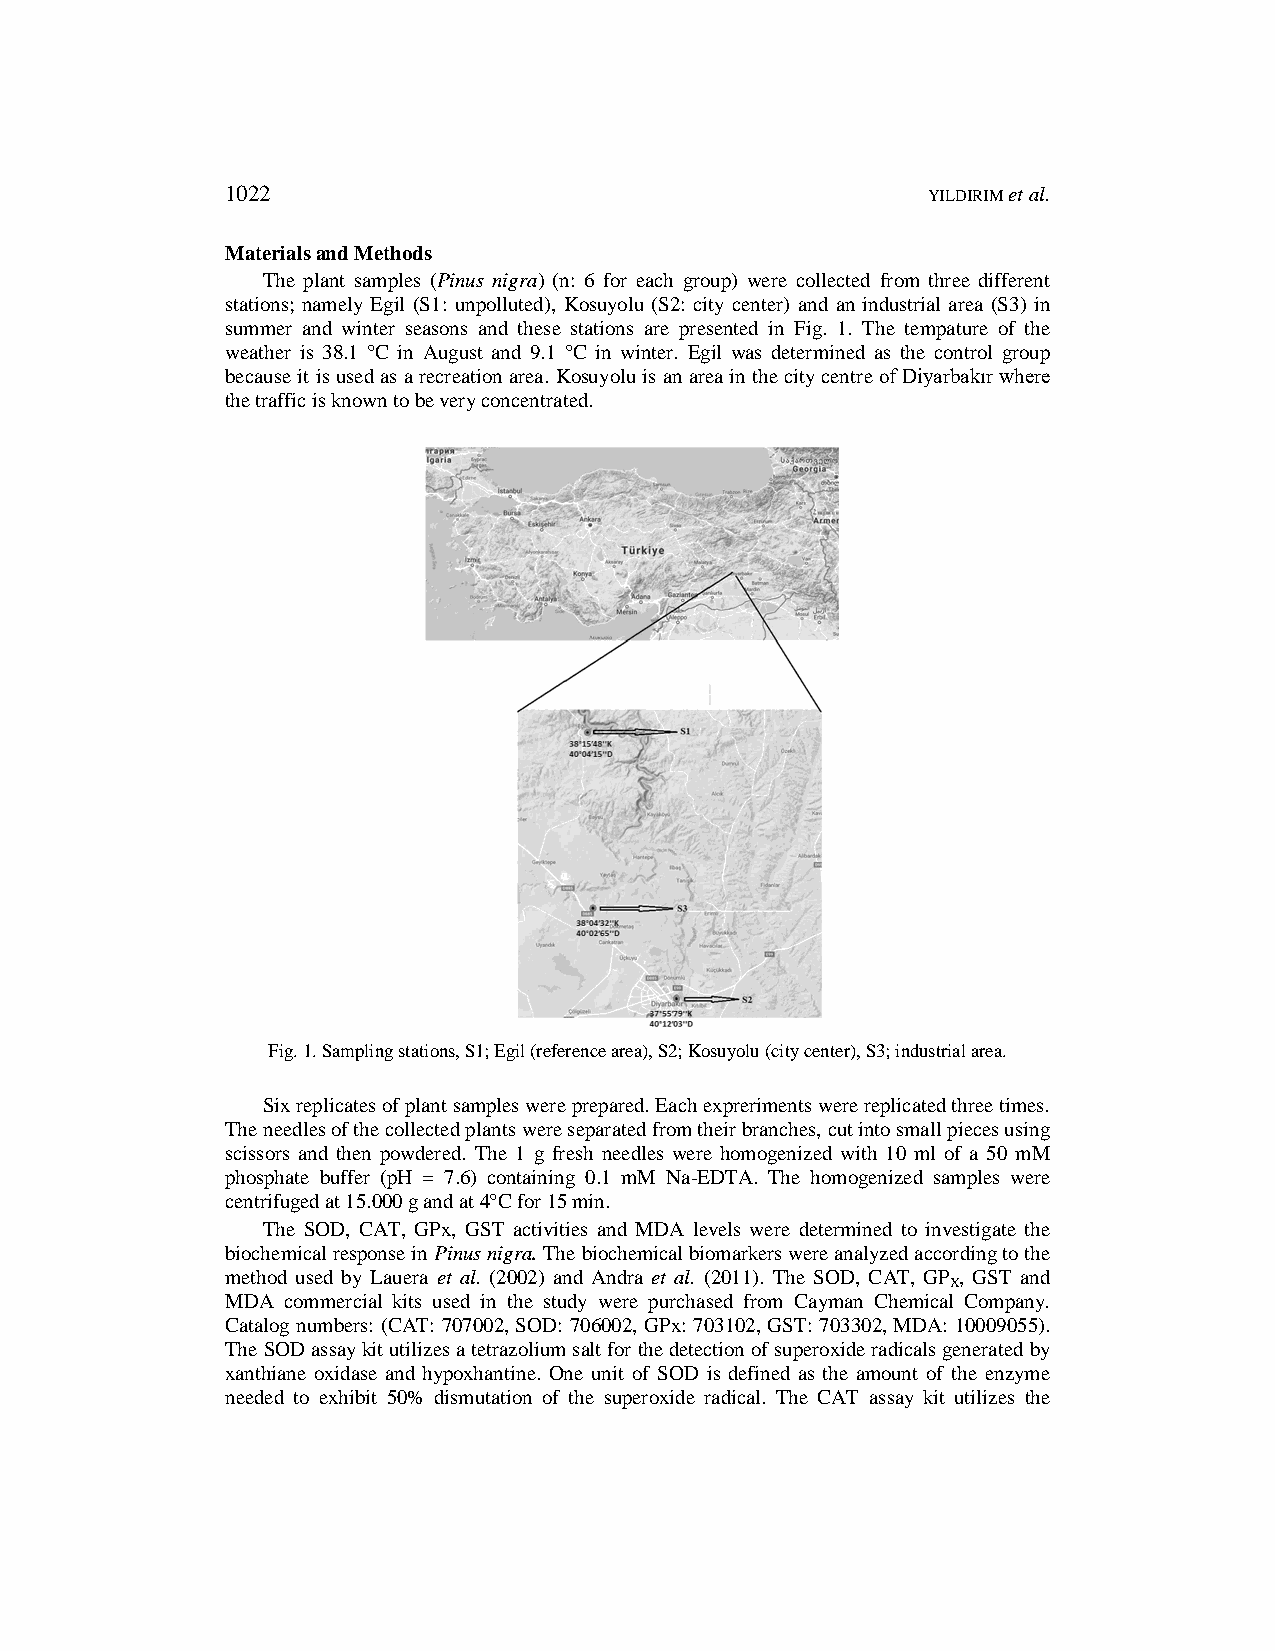
1022                                          YILDIRIM et al.
 Materials and Methods
 The plant samples (Pinus nigra) (n: 6 for each group) were collected from three different
 stations; namely Egil (S1: unpolluted), Kosuyolu (S2: city center) and an industrial area (S3) in
 summer and winter seasons and these stations are presented in Fig. 1. The tempature of the
 weather is 38.1 °C in August and 9.1 °C in winter. Egil was determined as the control group
 because it is used as a recreation area. Kosuyolu is an area in the city centre of Diyarbakır where
 the traffic is known to be very concentrated.
 Fig. 1. Sampling stations, S1; Egil (reference area), S2; Kosuyolu (city center), S3; industrial area.
 Six replicates of plant samples were prepared. Each expreriments were replicated three times.
 The needles of the collected plants were separated from their branches, cut into small pieces using
 scissors and then powdered. The 1 g fresh needles were homogenized with 10 ml of a 50 mM
 phosphate buffer (pH = 7.6) containing 0.1 mM Na-EDTA. The homogenized samples were
 centrifuged at 15.000 g and at 4°C for 15 min.
 The SOD, CAT, GPx, GST activities and MDA levels were determined to investigate the
 biochemical response in Pinus nigra. The biochemical biomarkers were analyzed according to the
 method used by Lauera et al. (2002) and Andra et al. (2011). The SOD, CAT, GP , GST and
 X
 MDA commercial kits used in the study were purchased from Cayman Chemical Company.
 Catalog numbers: (CAT: 707002, SOD: 706002, GPx: 703102, GST: 703302, MDA: 10009055).
 The SOD assay kit utilizes a tetrazolium salt for the detection of superoxide radicals generated by
 xanthiane oxidase and hypoxhantine. One unit of SOD is defined as the amount of the enzyme
 needed to exhibit 50% dismutation of the superoxide radical. The CAT assay kit utilizes the